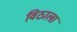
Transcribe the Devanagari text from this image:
विठाला